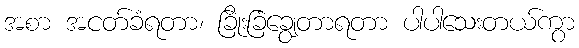
အစာ အငတ်ခံရတာ၊ ခြိုးခြံချွေတာရတာ ပါပါသေးတယ်ကွာ